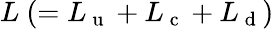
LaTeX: L~(=L_{\mathrm{~u~}}+L_{\mathrm{~c~}}+L_{\mathrm{~d~}})